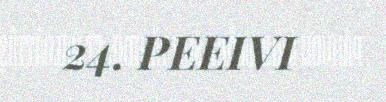
24. PEEIVI